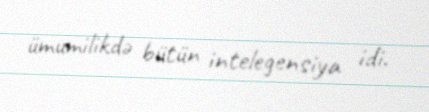
ümumilikdə bütün intelegensiya idi.